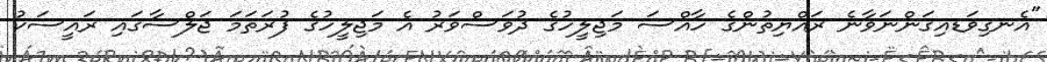
"އެނގިވަޑއިގަންނަވާނެ ރައްޔިތުންގެ ހާއްސަ މަޖިލީހުގެ ދުވަސްވަރު އެ މަޖިލީހުގެ ފުރަތަމަ ޖަލްސާގައި ރައީސަކު